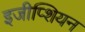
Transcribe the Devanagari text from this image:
इजीप्शियन